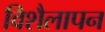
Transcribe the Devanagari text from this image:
विशैलापन